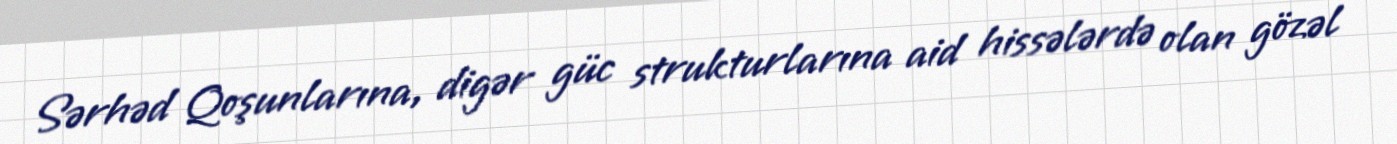
Sərhəd Qoşunlarına, digər güc strukturlarına aid hissələrdə olan gözəl